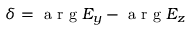
\delta = \mathrm { ~ a ~ r ~ g ~ } E _ { y } - \mathrm { ~ a ~ r ~ g ~ } E _ { z }